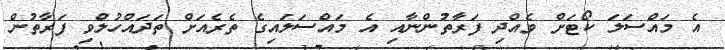
އެ މައްސަލަ ކޯޓަށް ވެއްދި ފަރާތުންނާއި އެ މައްސަލައިގެ ތެރެއަށް ތަދައްހުލްވި ފަރާތުން